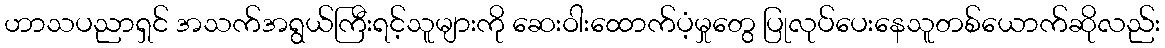
ဟာသပညာရှင် အသက်အရွယ်ကြီးရင့်သူများကို ဆေးဝါးထောက်ပံ့မှုတွေ ပြုလုပ်ပေးနေသူတစ်ယောက်ဆိုလည်း